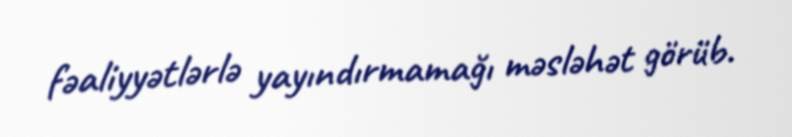
fəaliyyətlərlə yayındırmamağı məsləhət görüb.